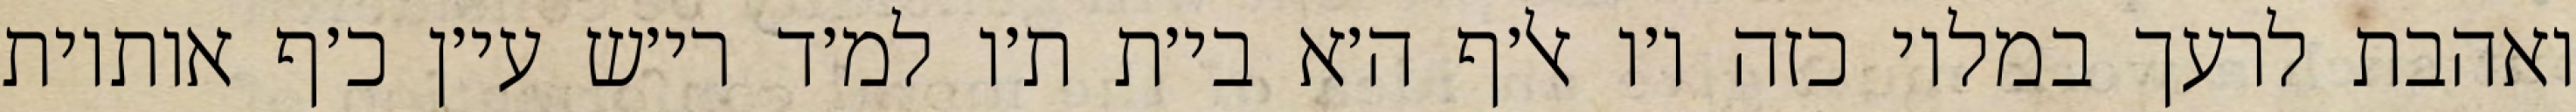
ואהבת לרעך במלוי כזה ו׳ו אל׳ף ה׳א בי׳ת ת׳ו למ׳ד רי׳ש עי׳ן כ׳ף אותיות